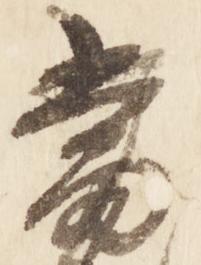
当